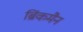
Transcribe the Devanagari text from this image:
ब्रिंकमैन